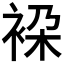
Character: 𧙤